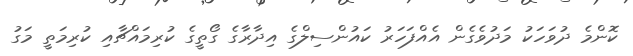
ކޮންމެ ދުވަހަކު މަދުވެގެން އެއްފަހަރު ކައުންސިލްގެ އިދާރާގެ ގޯތީގެ ކުރިމައްޗާއި ކުރިމަތީ މަގު